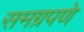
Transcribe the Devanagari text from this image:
समग्रपणे